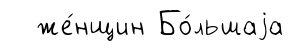
же́нщин Бо́льшаjа